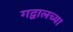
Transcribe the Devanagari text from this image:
गद्वालच्या